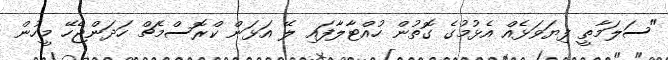
"ސަލަމާތީ ފިޔަވަޅެއް އެޅުމުގެ ގޮތުން ހުއްޓާލާފައި ލޭ އަޅަން ކްރޮސްމެޗް ހަދަންޖެހޭ މީހުން